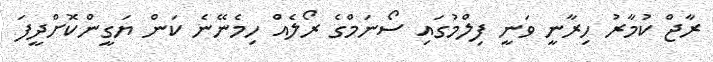
ރާޖް ކުމާރު ހިރާނީ ވަނީ ފިލްމުގައި ސޯނަމްގެ ރޯލެއް ހިމެނޭނެ ކަން ޔަގީންކޮށްދީފަ